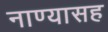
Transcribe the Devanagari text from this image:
नाण्यासह